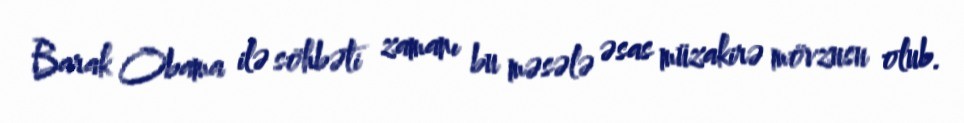
Barak Obama ilə söhbəti zamanı bu məsələ əsas müzakirə mövzusu olub.